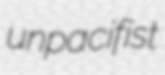
unpacifist